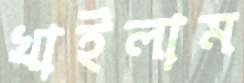
খাইলাম